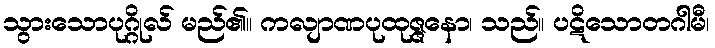
သွားသောပုဂ္ဂိုလ် မည်၏။ ကလျာဏပုထုဇ္ဇနော၊ သည်။ ပဋိသောတဂါမီ၊